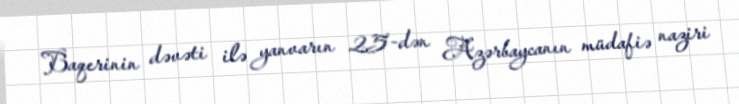
Baqerinin dəvəti ilə yanvarın 25-dən Azərbaycanın müdafiə naziri